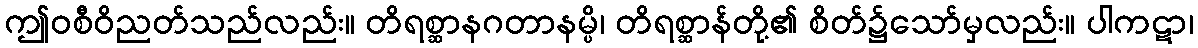
ဤဝစီဝိညတ်သည်လည်း။ တိရစ္ဆာနဂတာနမ္ပိ၊ တိရစ္ဆာန်တို့၏ စိတ်၌သော်မှလည်း။ ပါကဋာ၊